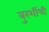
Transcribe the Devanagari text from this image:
बुरशींची